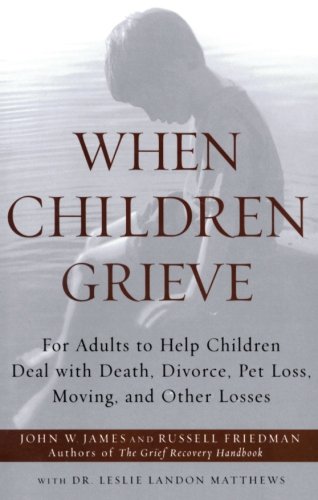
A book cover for When Children Grieve: For Adults to Help Children Deal with Death, Divorce, Pet Loss, Moving, and Other Losses; John W. James; Self-Help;